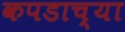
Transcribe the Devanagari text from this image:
कपडाच्या